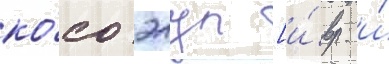
ко́со элул [и́вр. и́